Eestimaa_Kommunistliku_Partei_Keskkomitee, lk 26
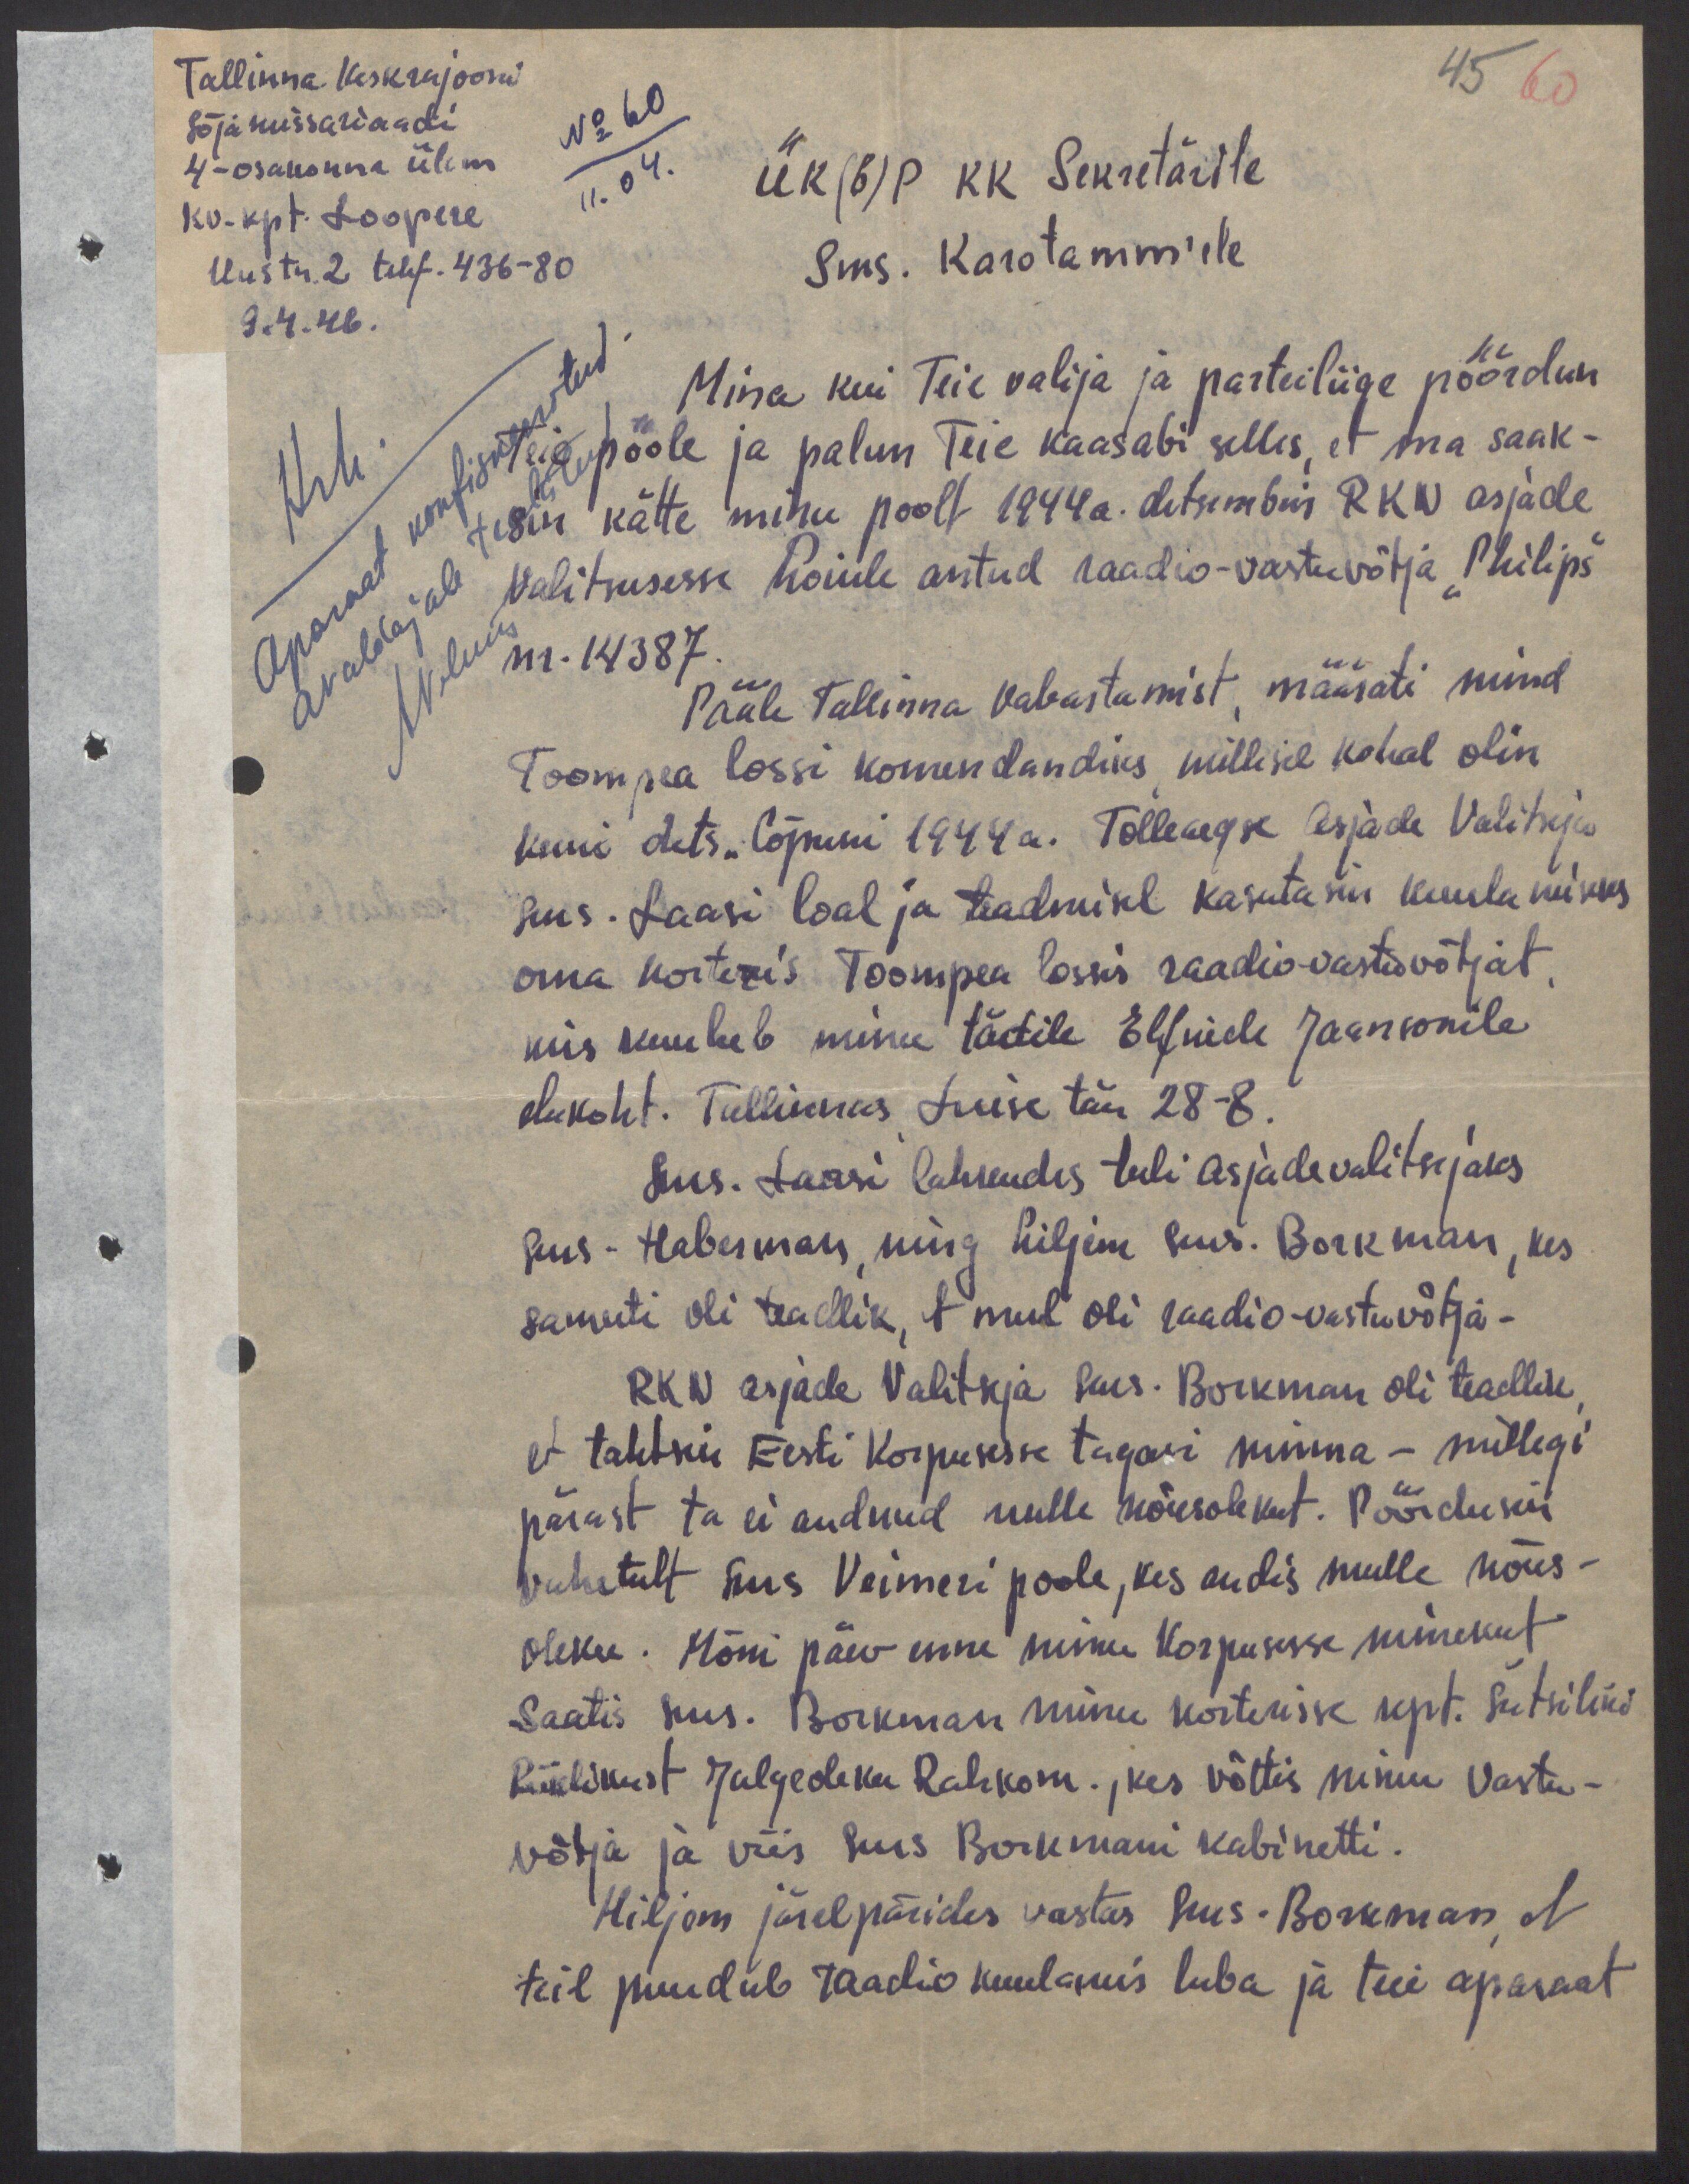
Tallinna Keskrajooni
45 60
Sõjamissariaadi
No 60
4-osakonna ülem
11.04.
ÜK(b)P KK Sekretärile
kv-kpt. Loopere
Uus tn. 2 telef. 436-80
Sms. Karotamm'ele
9.4.46.
Mina kui Teie valija ja parteiliige pöördun
Krh.
Teie poole ja palun Teie kaasabi selles, et ma saak-
sin kätte minu poolt 1944a. detsembris RKN asjade
Aparaat konfiskeeritud -
valitsusesse hoiule antud raadio-vastuvõtja "Philips"
Avaldajale
Nolum
nr. 14387.
Pääle Tallinna vabastamist, määrati mind
Toompea lossi komendandiks, millisel kohal olin
kuni dets. lõpuni 1944a. Tolleaegse Asjade Valitseja
sms. Laasi loal ja teadmisel kasutasin kuulamiseks
oma korteris Toompea lossis raadio-vastusvõtjat
mis kuulub minu tädile Elfride Jaansonile
elukoht. Tallinnas Luise tän 28-8.
Sms. Laasi lahkudes tuli asjadevalitsejaks
sms. Haberman, ning hiljem sms. Borkman, kes
samuti oli teadlik, et mul oli raadio-vastuvõtja -
RKN asjade Valitseja sms. Borkman oli teadlik,
et tahtsin Eesti Korpusesse tagasi minna - millegi
pärast ta ei andnud mulle nõusolekut. Pöördusid
vahetult sms Veimeri poole, kes andis mulle nõus-
oleku. Mõni päev enne minu Korpusesse minekut
Saatis sms. Borkman minu korterisse kpt. Šutsilini
Riiklikust Julgeoleku Rahkom., kes võttis minu vastu-
võtja ja viis sms Borkmani kabinetti.
Hiljem järelpärides vastas sms. Borkman, et
teil puudub raadio kuulamis luba ja teie aparaat